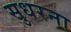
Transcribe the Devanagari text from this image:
सुधरना